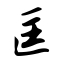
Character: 匡